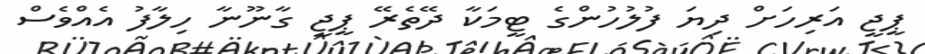
ޕީޖީ އަރިހަށް ދިޔަ ފުލުހުންގެ ޓީމަކާ ދޭތެރޭ ޕީޖީ ގާނޫނާ ހިލާފު އެއްވެސް